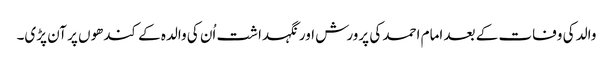
والد کی وفات کے بعد امام احمد کی پرورش اور نگہداشت اُن کی والدہ کے کندھوں پر آن پڑی۔